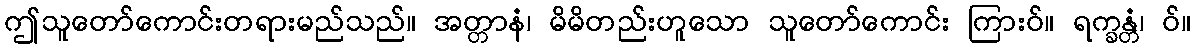
ဤသူတော်ကောင်းတရားမည်သည်။ အတ္တာနံ၊ မိမိတည်းဟူသော သူတော်ကောင်း ကြားဝ်။ ရက္ခန္တံ၊ ဝ်။